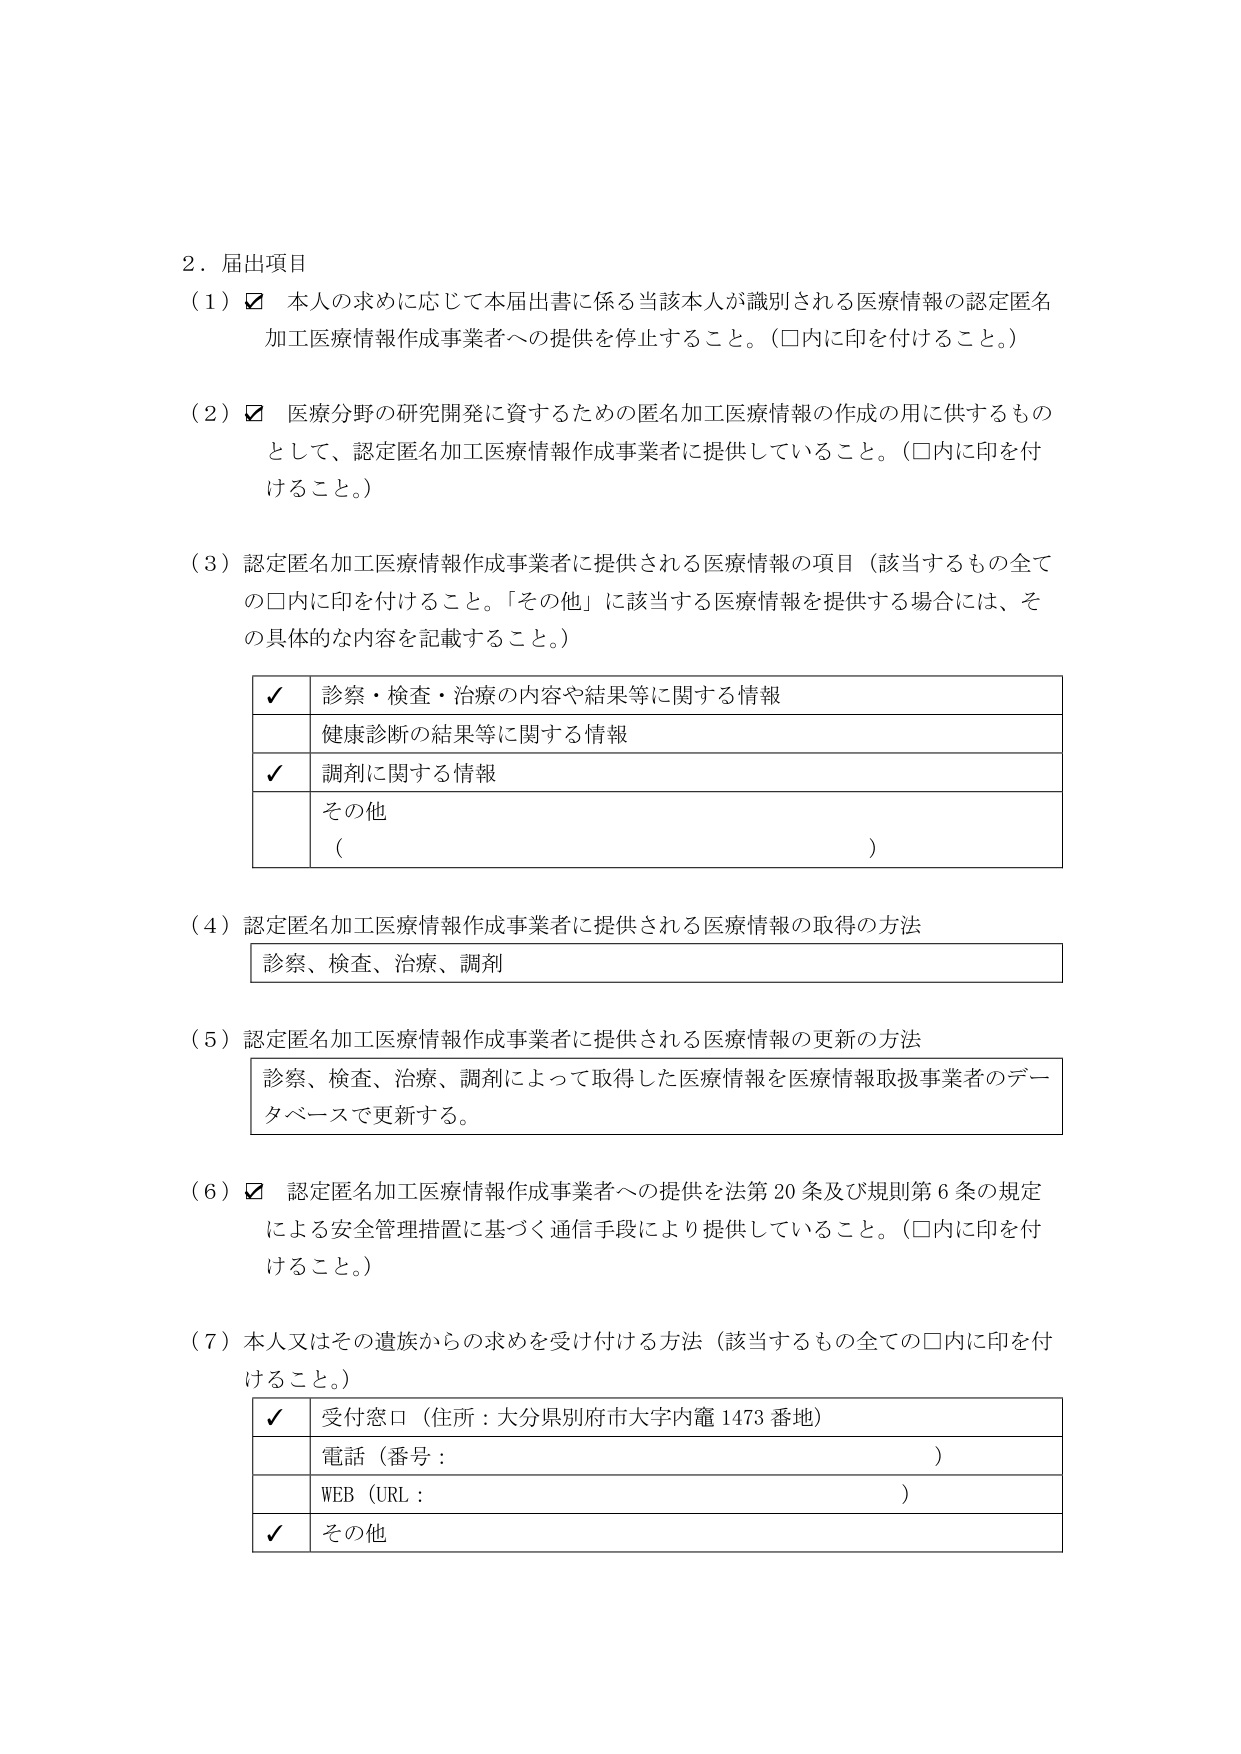
2．届出項目
（1）☑ 本人の求めに応じて本届出書に係る当該本人が識別される医療情報の認定匿名加工医療情報作成事業者への提供を停止すること。（□内に印を付けること。）
（2）☑ 医療分野の研究開発に資するための匿名加工医療情報の作成の用に供するものとして、認定匿名加工医療情報作成事業者に提供していること。（□内に印を付けること。）
（3）認定匿名加工医療情報作成事業者に提供される医療情報の項目（該当するもの全ての□内に印を付けること。「その他」に該当する医療情報を提供する場合には、その具体的な内容を記載すること。）
　　✓ 診察・検査・治療の内容や結果等に関する情報
　　健康診断の結果等に関する情報
　　✓ 調剤に関する情報
　　その他（　　　　　　　　　　　　　　　　　　　　　　　　　　　　　　　　　）
（4）認定匿名加工医療情報作成事業者に提供される医療情報の取得の方法
　　診察、検査、治療、調剤
（5）認定匿名加工医療情報作成事業者に提供される医療情報の更新の方法
　　診察、検査、治療、調剤によって取得した医療情報を医療情報取扱事業者のデータベースで更新する。
（6）☑ 認定匿名加工医療情報作成事業者への提供を法第20条及び規則第6条の規定による安全管理措置に基づく通信手段により提供していること。（□内に印を付けること。）
（7）本人又はその遺族からの求めを受け付ける方法（該当するもの全ての□内に印を付けること。）
　　✓ 受付窓口（住所：大分県別府市大字内籠1473番地）
　　電話（番号：　　　　　　　　　　　　　　　　　　　　　　　　　　　　　　）
　　WEB（URL：　　　　　　　　　　　　　　　　　　　　　　　　　　　　　　　）
　　✓ その他